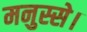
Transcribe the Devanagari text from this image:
मनुस्से।